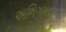
અભિગમવાળા